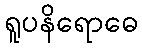
ရူပနိရောဓေ